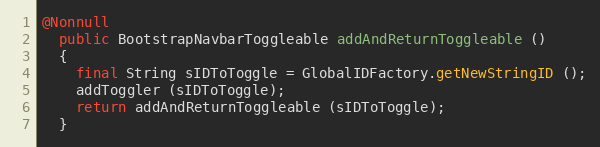
Language: Java
@Nonnull
  public BootstrapNavbarToggleable addAndReturnToggleable ()
  {
    final String sIDToToggle = GlobalIDFactory.getNewStringID ();
    addToggler (sIDToToggle);
    return addAndReturnToggleable (sIDToToggle);
  }